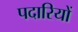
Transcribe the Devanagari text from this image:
पदारियों